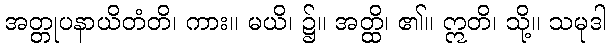
အတ္တုပနာယိတံတိ၊ ကား။ မယိ၊ ၌။ အတ္ထိ၊ ၏။ ဣတိ၊ သို့။ သမုဒါ